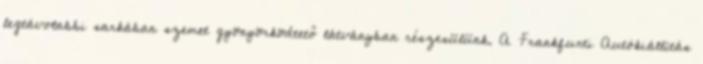
legtávolabbi sarkában szemet gyönyörködtető látványban részesülünk. A Frankfurti Autókiállítás